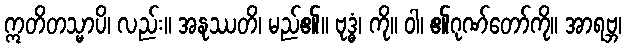
ဣတိတသ္မာပိ၊ လည်း။ အနုဿတိ၊ မည်၏။ ဗုဒ္ဓံ၊ ကို။ ဝါ၊ ၏ဂုဏ်တော်ကို။ အာရဗ္ဘ၊